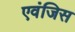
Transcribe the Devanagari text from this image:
एवंजिस